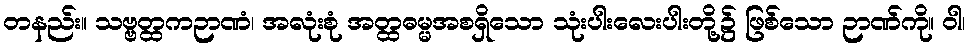
တနည်း။ သဗ္ဗတ္ထကဉာဏံ၊ အလုံးစုံ အတ္ထဓမ္မအစရှိသော သုံးပါးလေးပါးတို့၌ ဖြစ်သော ဉာဏ်ကို။ ဝါ၊